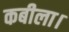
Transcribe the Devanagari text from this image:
कबीला।